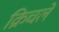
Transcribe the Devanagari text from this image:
क्रिचले